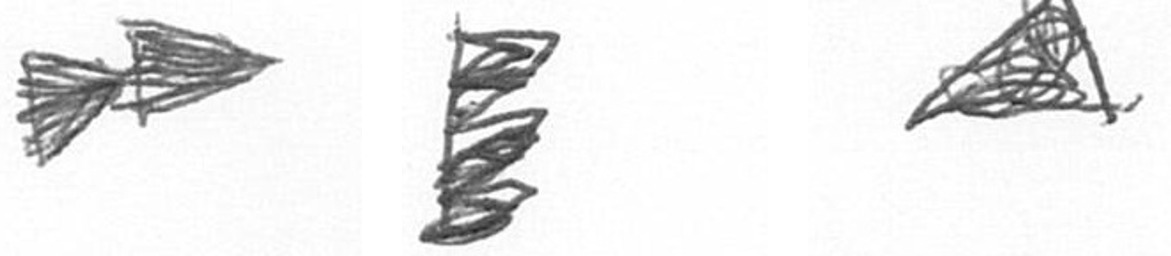
A H O